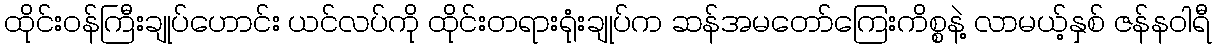
ထိုင်းဝန်ကြီးချုပ်ဟောင်း ယင်လပ်ကို ထိုင်းတရားရုံးချုပ်က ဆန်အမတော်ကြေးကိစ္စနဲ့ လာမယ့်နှစ် ဇန်နဝါရီ